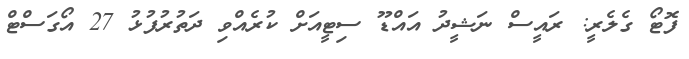
ފޮޓޯ ގެލެރީ: ރައީސް ނަޝީދު އައްޑޫ ސިޓީއަށް ކުރެއްވި ދަތުރުފުޅު 27 އޯގަސްޓް